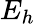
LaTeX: E_{h}